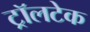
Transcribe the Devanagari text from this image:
ट्रॉलटेक